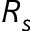
R _ { s }